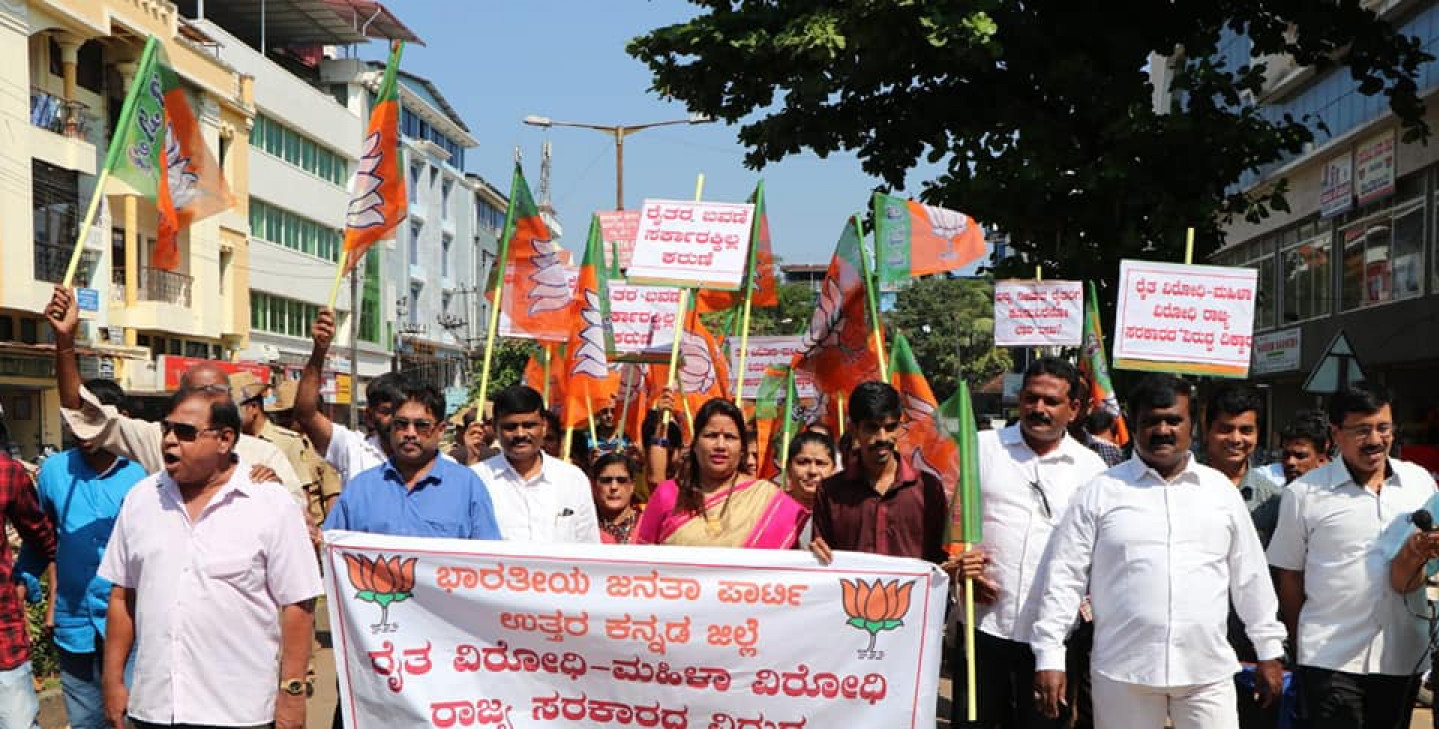
Language: kannada
Transcription: ಭಾರತೀಯ ಜನತಾ ಉತ್ತರ ಜಿಲ್ಲೆ ವಿರೋಧಿ ವಿರೋಧಿ ಸರಕಾರದ ರೈತ ಮಹಿಳಾ ಕನ್ನಡ ಪಾರ್ಟಿ